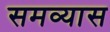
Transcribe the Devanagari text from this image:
समव्यास